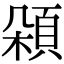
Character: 𩒜